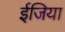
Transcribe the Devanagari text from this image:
ईजिया